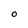
Character: O